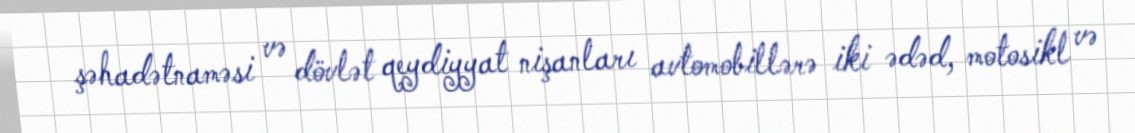
şəhadətnaməsi və dövlət qeydiyyat nişanları avtomobillərə iki ədəd, motosikl və